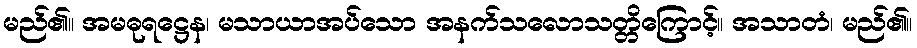
မည်၏။ အမဓုရဋ္ဌေန၊ မသာယာအပ်သော အနက်သလောသတ္တိကြောင့်။ အသာတံ၊ မည်၏။